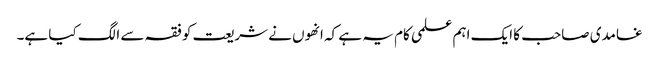
غامدی صاحب کا ایک اہم علمی کام یہ ہے کہ انھوں نے شریعت کو فقہ سے الگ کیا ہے۔